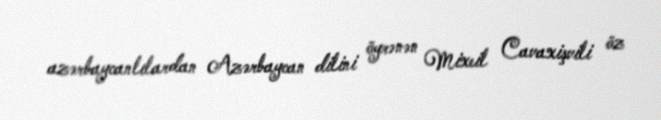
azərbaycanlılardan Azərbaycan dilini öyrənən Mixeil Cavaxişvili öz